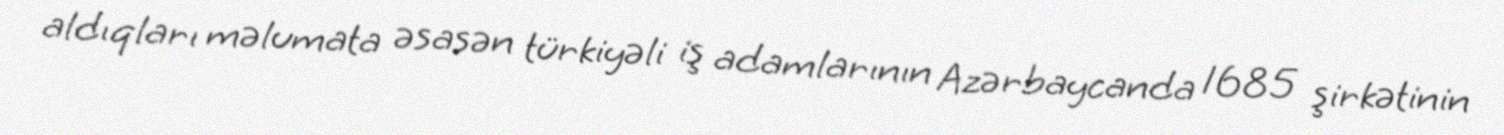
aldıqları məlumata əsasən türkiyəli iş adamlarının Azərbaycanda 1685 şirkətinin